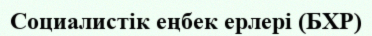
Социалистік еңбек ерлері (БХР)